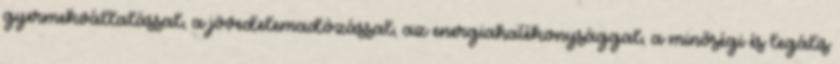
gyermekvállalással, a jövedelemadózással, az energiahatékonysággal, a minőségi és legális